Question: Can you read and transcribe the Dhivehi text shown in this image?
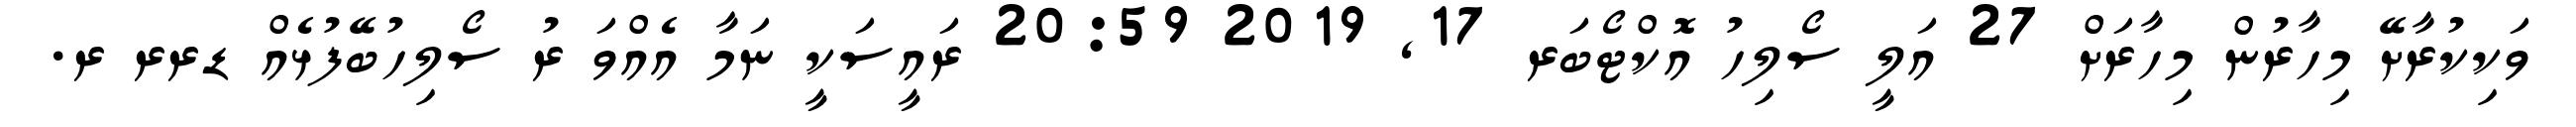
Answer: ވަކިކުރާށޭ މިހާރުން މިހާރަށް 27 އަލީ ސޯލިހު އޮކްޓޯބަރ 17, 2019 20:59 ރައީސަކީ ނަމާ އެއްވަ ރު ސޯލިހުބޭފުޅެއް ޑރރ ރ.